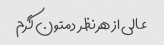
عالی از هر نظر  دمتون گرم